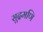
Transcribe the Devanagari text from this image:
सूद्रमणि